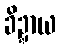
ခိဍ္ဍာယ